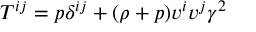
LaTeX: T ^ { i j } = p \delta ^ { i j } + ( \rho + p ) v ^ { i } v ^ { j } \gamma ^ { 2 }